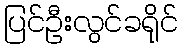
ပြင်ဦးလွင်ခရိုင်